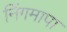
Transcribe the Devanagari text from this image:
निंगमापा